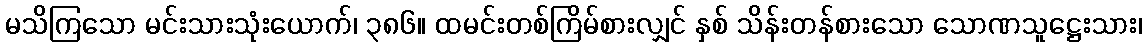
မသိကြသော မင်းသားသုံးယောက်၊ ၃၈၆။ ထမင်းတစ်ကြိမ်စားလျှင် နှစ် သိန်းတန်စားသော သောဏသူဋ္ဌေးသား၊